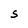
Character: S